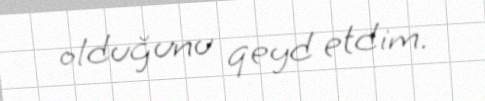
olduğunu qeyd etdim.